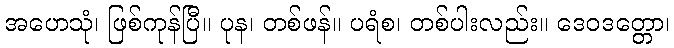
အဟေသုံ၊ ဖြစ်ကုန်ပြီ။ ပုန၊ တစ်ဖန်။ ပရံစ၊ တစ်ပါးလည်း။ ဒေဝဒတ္တော၊